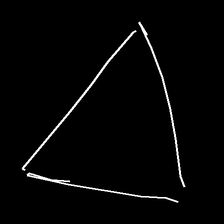
Glyph: convergence